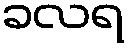
ခလရ